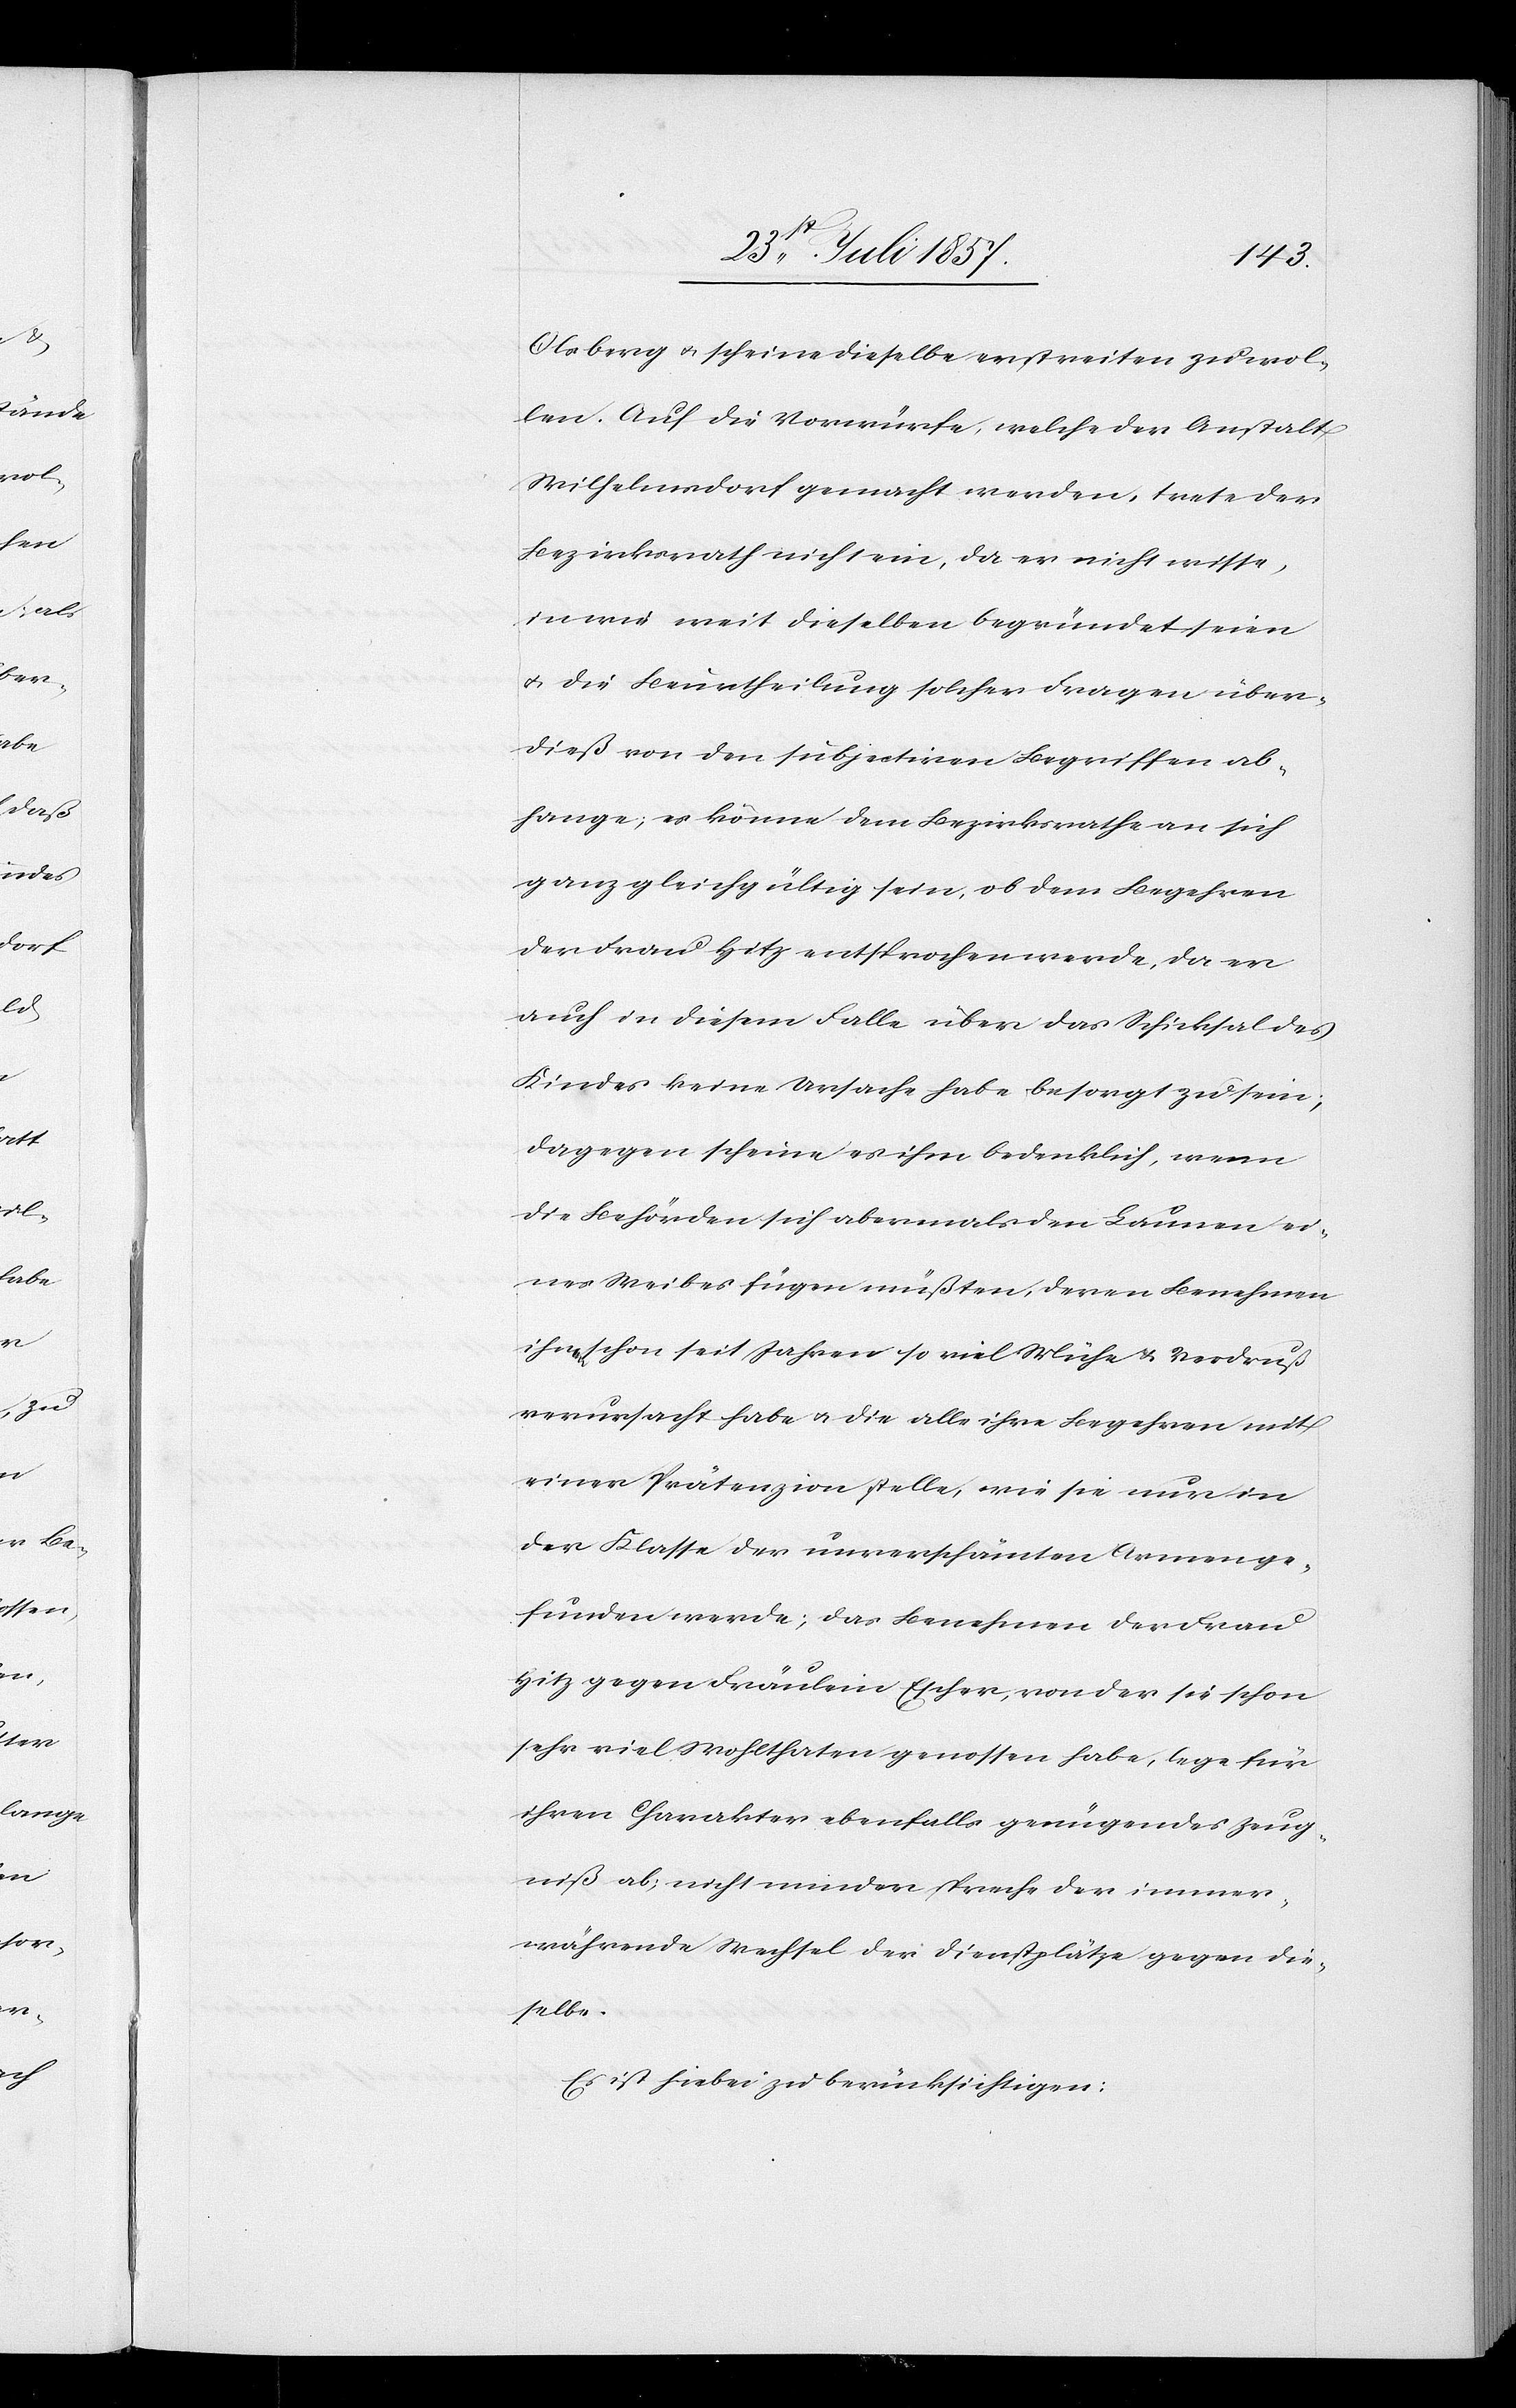
Olsberg & scheine dieselbe erstreiten zu wol¬
len. Auf die Vorwürfe, welche der Anstalt
Wilhelmsdorf gemacht werden, trete der
Bezirksrath nicht ein, da er nicht wisse,
in wie weit dieselben begründet seien
& die Beurtheilung solcher Fragen über¬
dieß von den subjectiven Begriffen ab¬
hange, es könne dem Bezirksrathe an sich
ganz gleichgültig sein, ob dem Begehren
der Frau Hitz entsprochen werde, da er
auch in diesem Falle über das Schicksal des
Kindes keine Ursache habe besorgt zu sein;
dagegen scheine es ihm bedenklich, wenn
die Behörden sich abermals den Launen ei¬
nes Weibes fügen müßten, deren Benehmen
ihm schon seit Jahren so viel Mühe & Verdruß
verursacht habe & die alle ihre Begehren mit
einer Prätenzion stelle, wie sie nur in
der Klasse der unverschämten Armen ge¬
funden werde; das Benehmen der Frau
Hitz gegen Fräulein Escher, von der sie schon
sehr viel Wohlthaten genossen habe, lege für
ihren Charakter ebenfalls genügendes Zeug¬
niß ab; nicht minder spreche der immer¬
währende Wechsel der Dienstplätze gegen die¬
selbe.
Es ist hiebei zu berücksichtigen: